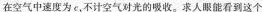
在空气中速度为c，不计空气对光的吸收。求人眼能看到这个